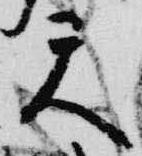
天